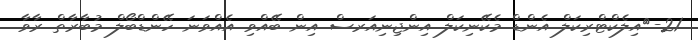
21-	އިލެކްޓްރިކަލް އެންޑް މެކޭނިކަލް އިންޖިނިއަރސް އިން ބޭއްވި އެއްވަނަ ހޭންޑްބޯލް މުބާރާތް ރާވާ